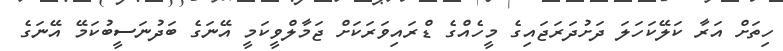
ހިތަށް އަރާ ކަލޭކަހަލަ ދަށުދަރަޖައިގެ މީހެއްގެ ޑްރައިވަރަކަށް ޖަމާލްވީކަމީ އޭނަގެ ބަދުނަސީބުކަމޭ އޭނަގެ